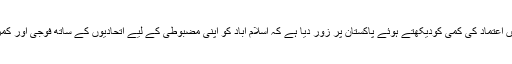
مگر سابق صدر آصف علی زرداری نے پاک-امریکا تعلقات میں اعتماد کی کمی کودیکھتے ہوئے پاکستان پر زور دیا ہے کہ اسلام آباد کو اپنی مضبوطی کے لیے اتحادیوں کے ساتھ فوجی اور کمرشل تعاون بڑھانے کے لیے مزید سخت اقدامات کرنے چاہئیں۔